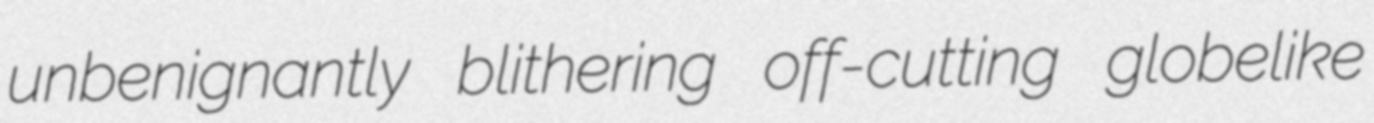
unbenignantly blithering off-cutting globelike